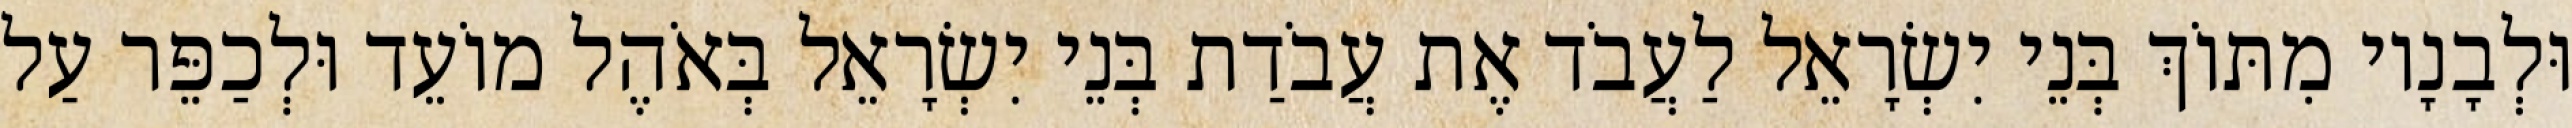
וּלְבָנָיו מִתּוֹךְ בְּנֵי יִשְׂרָאֵל לַעֲבֹד אֶת עֲבֹדַת בְּנֵי יִשְׂרָאֵל בְּאֹהֶל מוֹעֵד וּלְכַפֵּר עַל